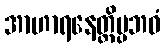
အာဟာရနေတ္တိပ္ပဘဝံ